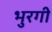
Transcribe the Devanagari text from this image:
भुरगी